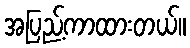
အပြည့်ကာထားတယ်။